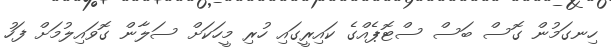
ހިނގަމުން ގޮސް ބަސް ސްޓޮޕެއްގެ ކައިރީގައި ހުރި މީހަކަށް ސަލާން ގޮވައިލުމަށް ފަހު